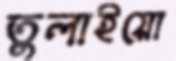
তুলাইয়ো